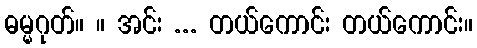
ဓမ္မဂုတ်။ ။ အင်း ... တယ်ကောင်း တယ်ကောင်း။